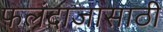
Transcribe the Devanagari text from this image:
फलंदाजासाठी